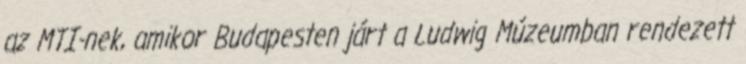
az MTI-nek, amikor Budapesten járt a Ludwig Múzeumban rendezett